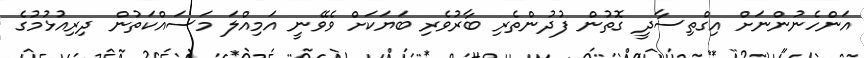
އަންހެނުންނަށް އިގްތިސާދީ ގޮތުން ފުދުންތެރި ބާރުވެރި ބަޔަކަށް ވެވޭނީ އަމިއްލަ މަސައްކަތުން ދިރިއުޅުމުގެ